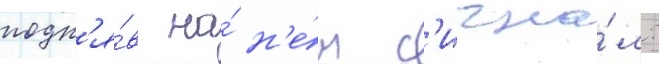
подн'я́в на́ н'е́м с'игна́л: